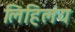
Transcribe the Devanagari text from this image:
लिहिलंय